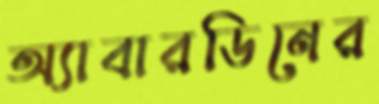
অ্যাবারডিনের